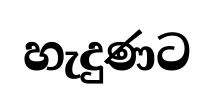
හැදුණට